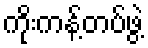
ကိုးကန့်တပ်ဖွဲ့